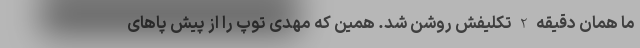
ما همان دقیقه 2 تکلیفش روشن شد. همین که مهدی توپ را از پیش پاهای